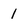
Character: 1